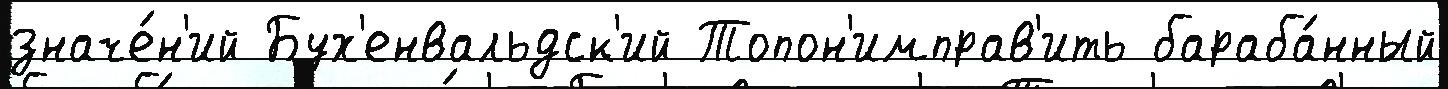
значе́н'ий Бух'енвальдск'ий Топон'имправ'ить бараба́нный